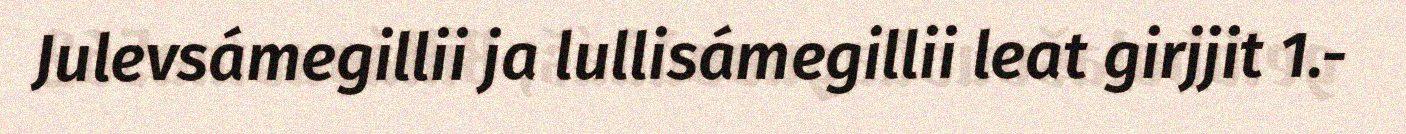
Julevsámegillii ja lullisámegillii leat girjjit 1.-